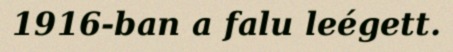
1916-ban a falu leégett.